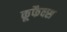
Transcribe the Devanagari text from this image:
कूफैक्स